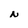
Character: N